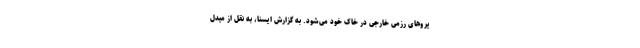
یروهای رزمی خارجی در خاک خود می‌شود. به گزارش ایسنا، به نقل از میدل